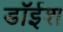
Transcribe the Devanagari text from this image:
डॉईश